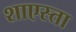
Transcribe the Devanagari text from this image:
शाएस्ता